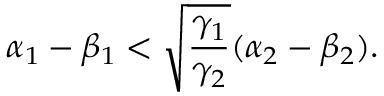
\alpha _ { 1 } - \beta _ { 1 } < \sqrt { \frac { \gamma _ { 1 } } { \gamma _ { 2 } } } ( \alpha _ { 2 } - \beta _ { 2 } ) .